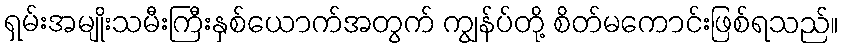
ရှမ်းအမျိုးသမီးကြီးနှစ်ယောက်အတွက် ကျွန်ပ်တို့ စိတ်မကောင်းဖြစ်ရသည်။